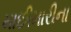
માછીમારીના